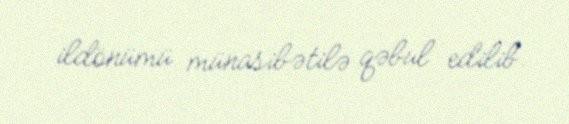
ildönümü münasibətilə qəbul edilib.